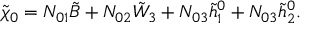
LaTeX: \tilde { \chi } _ { 0 } = N _ { 0 1 } \tilde { B } + N _ { 0 2 } \tilde { W } _ { 3 } + N _ { 0 3 } \tilde { h } _ { 1 } ^ { 0 } + N _ { 0 3 } \tilde { h } _ { 2 } ^ { 0 } .